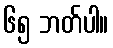
၆၅ ဘတ်ပါ။